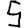
Digit: 5